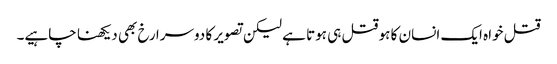
قتل خواہ ایک انسان کا ہو قتل ہی ہوتا ہے لیکن تصویر کا دوسرا رخ بھی دیکھنا چاہیے۔